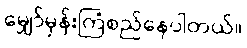
မျှော်မှန်းကြံစည်နေပါတယ်။